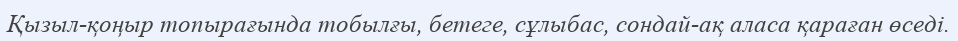
Қызыл-қоңыр топырағында тобылғы, бетеге, сұлыбас, сондай-ақ аласа қараған өседі.